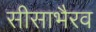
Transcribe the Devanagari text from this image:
सीसाभैरव